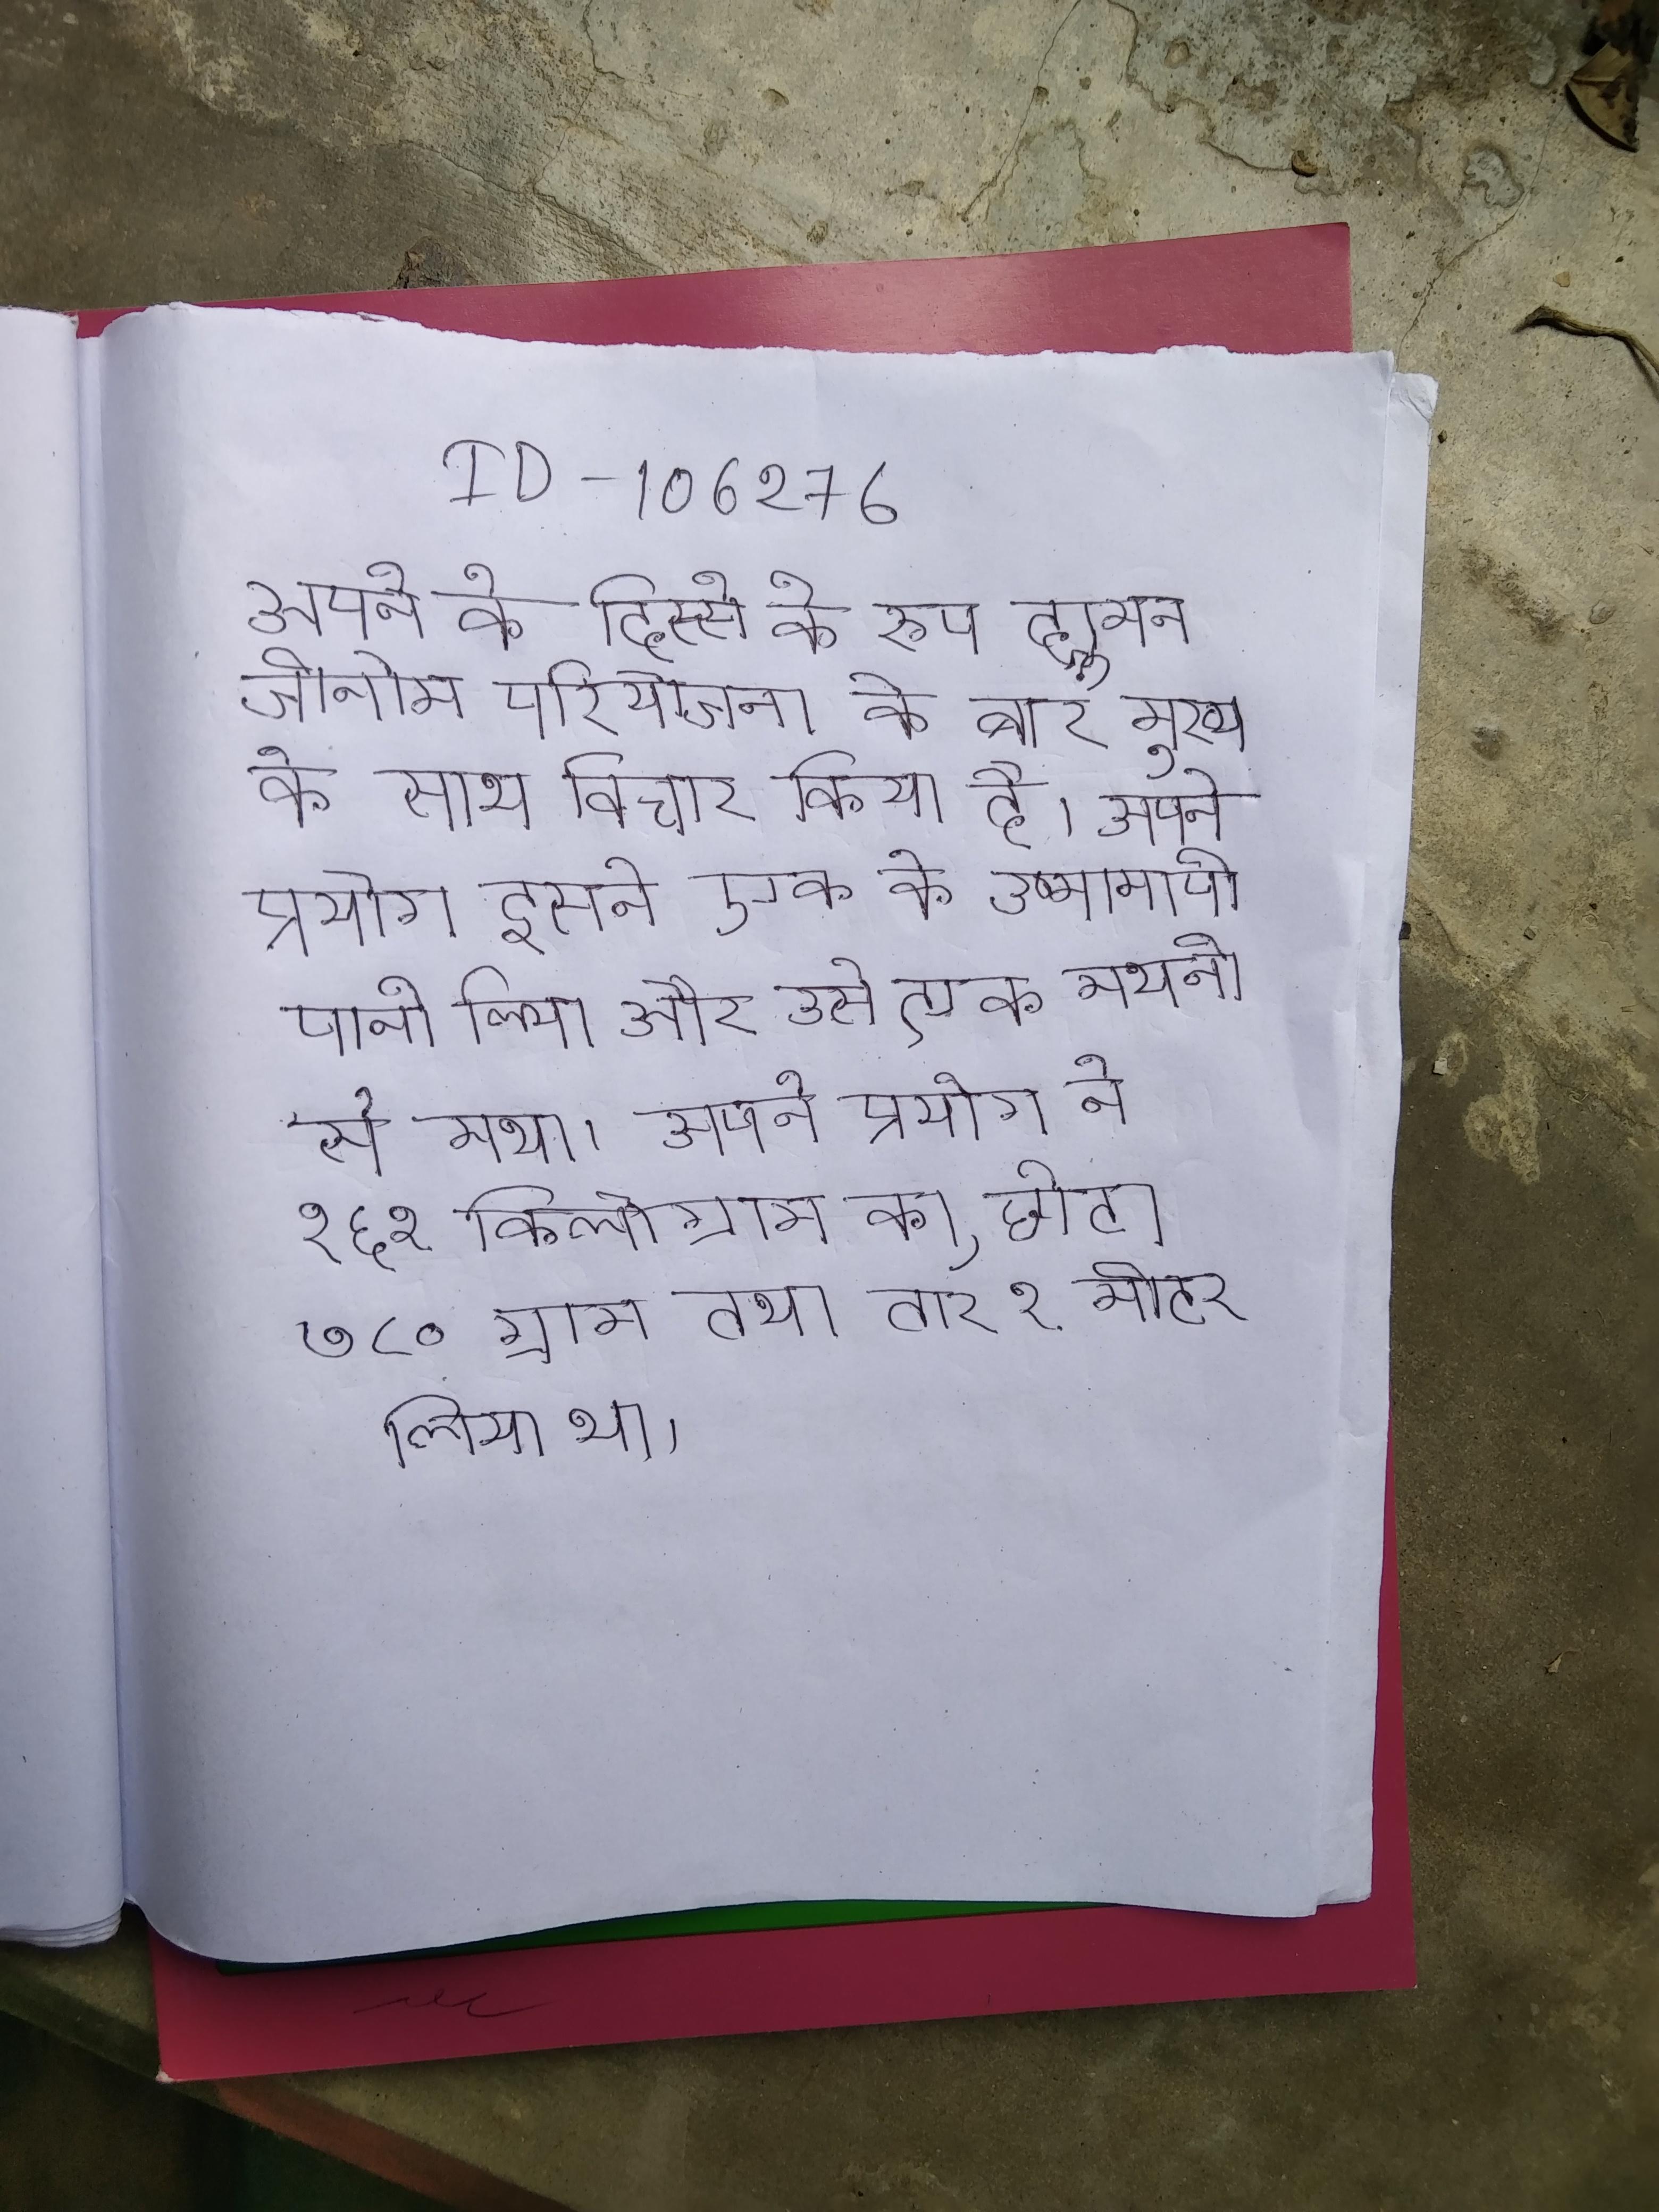
अपने के हिस्से के रूप ह्यूमन जीनोम परियोजना के बारे मुख्य के साथ विचार किया है । अपने प्रयोग इसने एक के उष्मामापी पानी लिया और उसे एक मथनी से मथा । अपने प्रयोग ने १६९ किलोग्राम का, छोटा ७८० ग्राम तथा तार १ मीटर लिया था ।